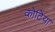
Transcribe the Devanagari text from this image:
कोटिया